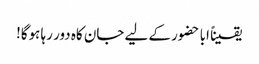
یقیناً ابا حضور کے لیے جان کاہ دور رہا ہوگا!